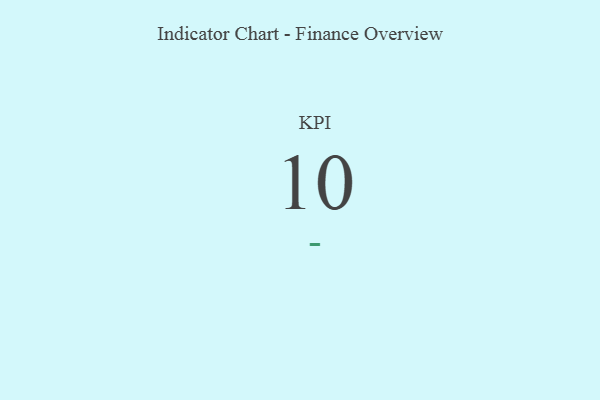
{"axis": {"x": "KPI", "y": "Value"}, "legend": [""], "data": [{"x": "KPI", "y": 10, "type": ""}]}